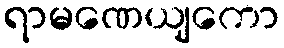
ရာမဏေယျကော